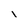
Character: l